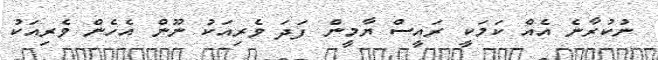
ނުކުރާނެ އެއް ކަމަކީ ރައީސް ޔާމީން ފަދަ ވެރިއަކު ނޫން އެހެން ވެރިއަކު